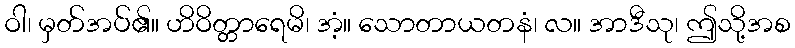
ဝါ၊ မှတ်အပ်၏။ ဟိဝိတ္တာရေမိ၊ အံ့။ သောတာယတနံ၊ လ။ အာဒီသု၊ ဤသို့အစ